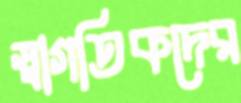
স্বাগতিকদের